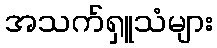
အသက်ရှူသံများ